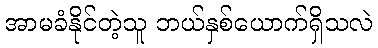
အာမခံနိုင်တဲ့သူ ဘယ်နှစ်ယောက်ရှိသလဲ